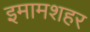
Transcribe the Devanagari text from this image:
इमामशहर